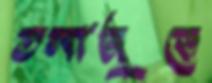
তলাজুড়ে